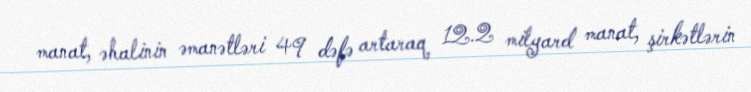
manat, əhalinin əmanətləri 49 dəfə artaraq 12.2 milyard manat, şirkətlərin